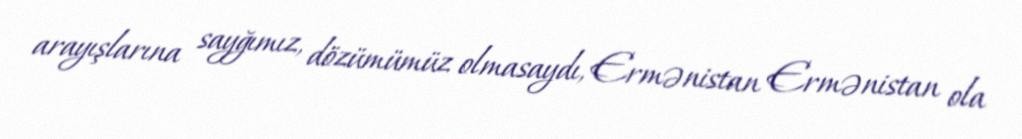
arayışlarına sayğımız, dözümümüz olmasaydı, Ermənistan Ermənistan ola